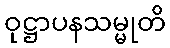
ဝုဋ္ဌာပနသမ္မုတိ